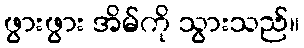
ဖွားဖွား အိမ်ကို သွားသည်။